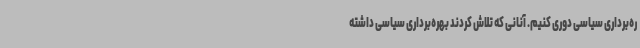
ره‌برداری سیاسی دوری کنیم. آنانی که تلاش کردند بهره‌برداری سیاسی داشته